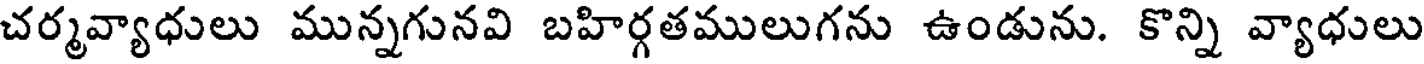
చర్మవ్యాధులు మున్నగునవి బహిర్గతములుగను ఉండును. కొన్ని వ్యాధులు